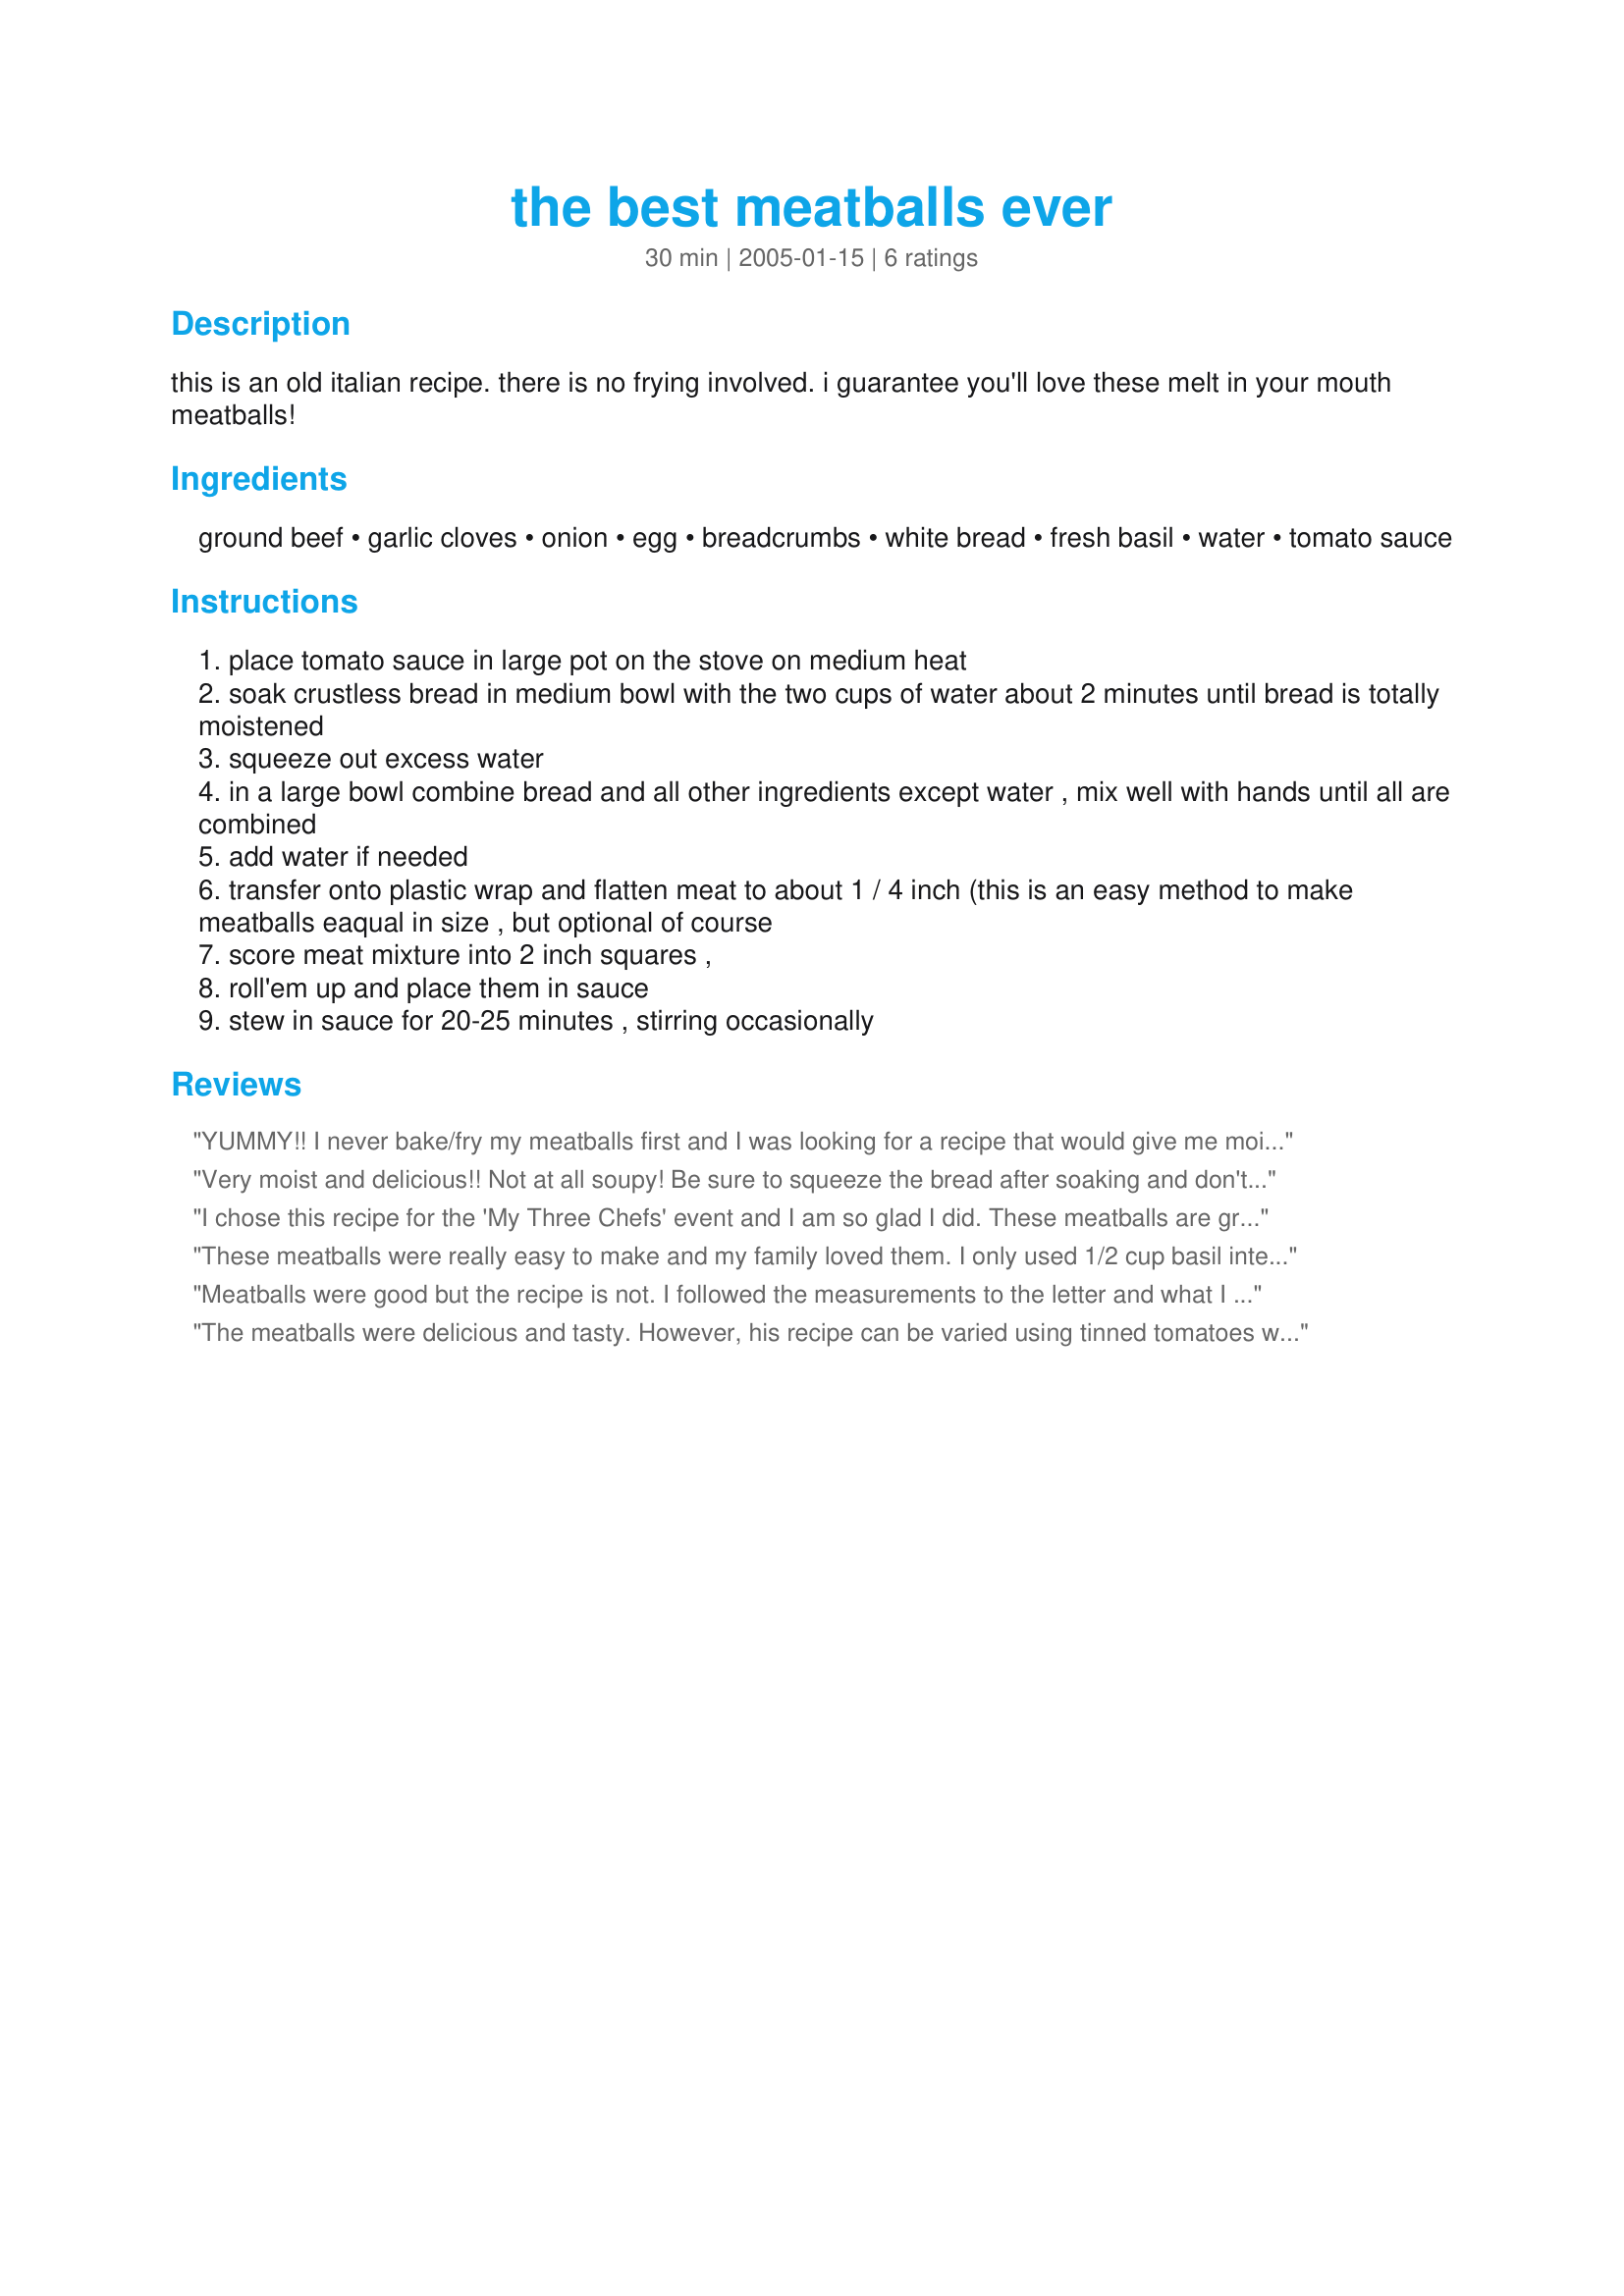
the best meatballs ever
Preparation time: 30 minutes

this is an old italian recipe. there is no frying involved. i guarantee you'll love these melt in your mouth meatballs!

Ingredients:
ground beef, garlic cloves, onion, egg, breadcrumbs, white bread, fresh basil, water, tomato sauce

Steps:
place tomato sauce in large pot on the stove on medium heat
soak crustless bread in medium bowl with the two cups of water about 2 minutes until bread is totally moistened
squeeze out excess water
in a large bowl combine bread and all other ingredients except water , mix well with hands until all are combined
add water if needed
transfer onto plastic wrap and flatten meat to about 1 / 4 inch (this is an easy method to make meatballs eaqual in size , but optional of course
score meat mixture into 2 inch squares ,
roll'em up and place them in sauce
stew in sauce for 20-25 minutes , stirring occasionally

Reviews:
YUMMY!! I never bake/fry my meatballs first and I was looking for a recipe that would give me moist meatballs as mine were never perfect...this is it! The secret must be in the white bread because that's the only thing different from my method. I used fresh garlic and a little fresh basil I had frozen/chopped and some dried to make up the difference. I used my own sauce. This is my new go-to recipe for meatballs. Thanks so much for posting!
Very moist and delicious!! Not at all soupy! Be sure to squeeze the bread after soaking and don't add the water. I added a small handful of shredded mozzerella to the mix and these meatballs came out AWESOME!!
I chose this recipe for the 'My Three Chefs' event and I am so glad I did. These meatballs are great and so easy to make. Here in the UK they don't sell Italian seasoned breadcrumbs, so I just used plain ones and added about 1/2 tsp of oregano and 1/2 tsp of vegetable stock powder to make up for it. I halved the recipe (using 1 small egg) and got enough for two meals for the two of us. For the sauce I used a jar of storebought pasta sauce and mixed in 1 can of chopped stewed tomatoes, as the jar of pasta sauce wasn't enough to cover all the meatballs. I served them with spaghetti, but think they would be fabulous in a meatball sandwich as well. I'll definitely be making these again. Thanks for sharing! :D
These meatballs were really easy to make and my family loved them. I only used 1/2 cup basil intead of 1 cup, though because I thought 1 cup was too much. They were softer than most other recipes I have tried, and some even fell apart in the sauce. They were really tasty, though, and I will definitley be using this recipe again.
Meatballs were good but the recipe is not. I followed the measurements to the letter and what I got was a big bowl of meat soup.

2 additional cups of bread crumbs and 4 additional slices of bread (not wet) and things came together.

Because we didn't want them to fall apart in the sauce we decided to bake them in the oven at 350 for 15-20 min.
The meatballs were delicious and tasty. However, his recipe can be varied using tinned tomatoes with tomato paste. Also can be be baked in the oven then accompanied by a slasa. Great for picnocs or kids lunch boxes.
